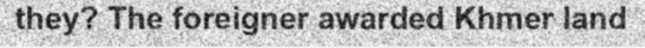
they? The foreigner awarded Khmer land